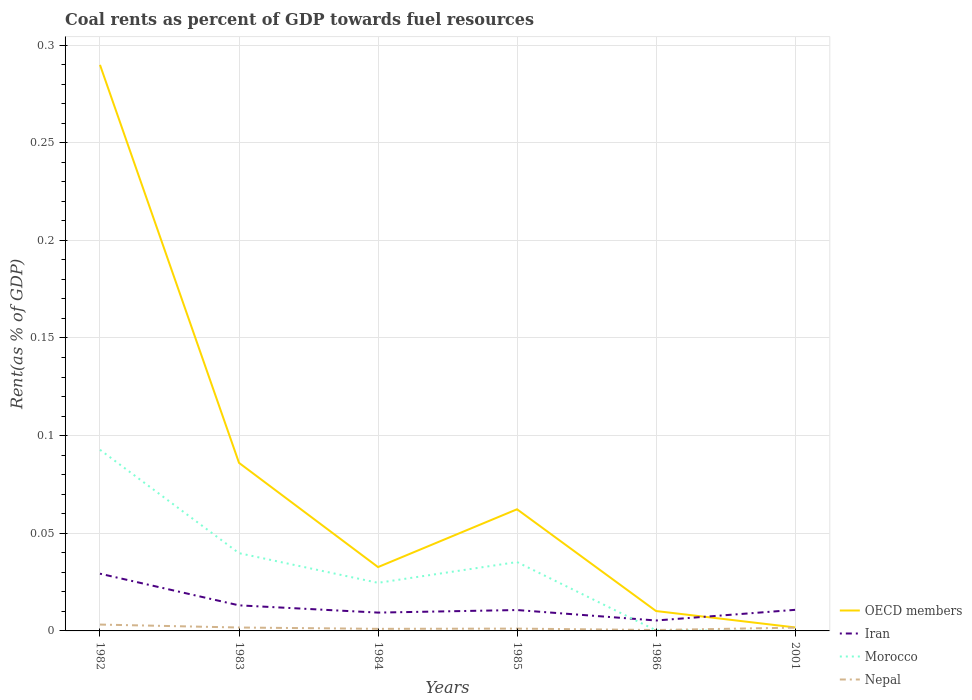
| Years | OECD members | Iran | Morocco | Nepal |
 | --- | --- | --- | --- | --- |
 | 1982 | 0.29 | 0.0293 | 0.0928 | 0.00325 |
 | 1983 | 0.0861 | 0.0131 | 0.0398 | 0.00175 |
 | 1984 | 0.0327 | 0.00938 | 0.0246 | 0.00107 |
 | 1985 | 0.0623 | 0.0107 | 0.0353 | 0.00119 |
 | 1986 | 0.0102 | 0.00534 | 0.000272 | 0.00047 |
 | 2001 | 0.0018 | 0.0108 | 1.31e-07 | 0.00168 |